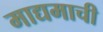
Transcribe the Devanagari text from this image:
माद्यमाची